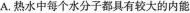
A.热水中每个水分子都具有较大的内能